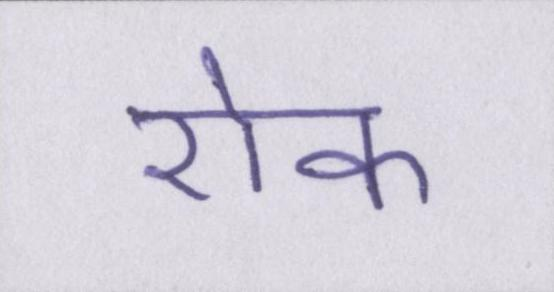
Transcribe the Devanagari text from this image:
रोक